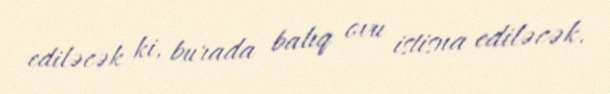
ediləcək ki, burada balıq ovu istisna ediləcək.